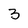
Character: 3